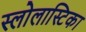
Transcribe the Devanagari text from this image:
स्लोलास्टिका